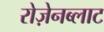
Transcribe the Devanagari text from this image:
रोज़ेनब्लाट